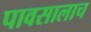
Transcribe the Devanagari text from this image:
पावसालाच